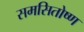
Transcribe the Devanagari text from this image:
समसितोष्ण